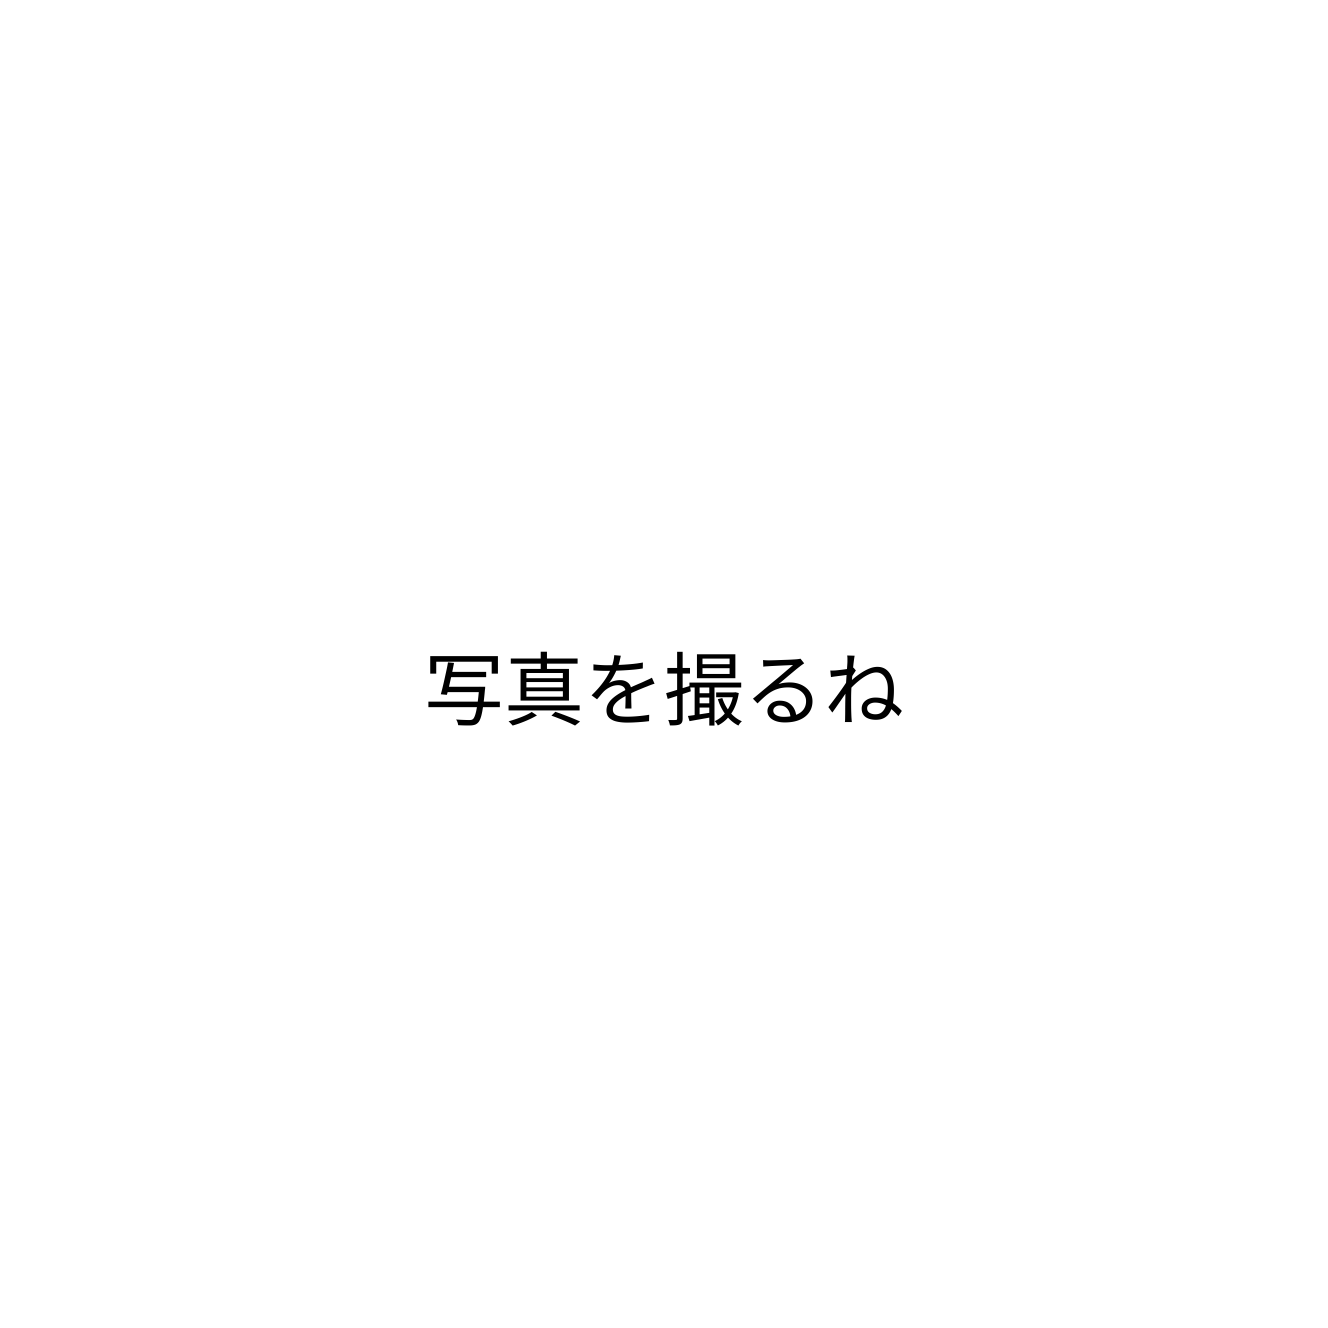
写真を撮るね